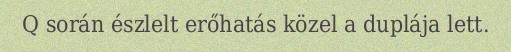
Q során észlelt erőhatás közel a duplája lett.